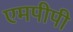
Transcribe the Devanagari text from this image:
एमपीपी